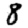
Digit: 8